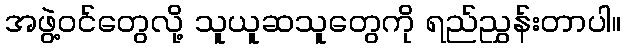
အဖွဲ့ဝင်တွေလို့ သူယူဆသူတွေကို ရည်ညွှန်းတာပါ။